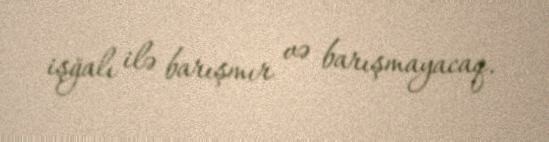
işğalı ilə barışmır və barışmayacaq.